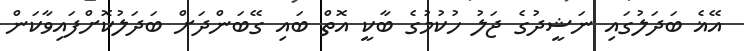
އޭޣެ ބަދަލުގައި ނަޝީދުގެ ޖަލު ހުކުމުގެ ބާކީ އޮތް ބައި ގޭބަންދަށް ބަދަލުކޮށްފައިވާކަން